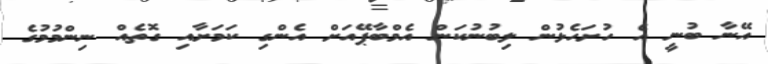
އޭނާ ބުނީ އެ ހުށަހެޅުން ލިބުނުކަން އެމްބާޕޭއަށް އެންގި ކަމަށާއި ގޮތެއް ނިންމުމުގެ